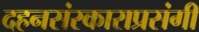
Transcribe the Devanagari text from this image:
दहनसंस्काराप्रसंगी